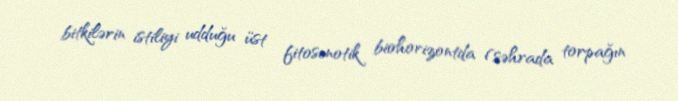
bitkilərin istiliyi udduğu üst fitosenotik biohorizontda (səhrada torpağın